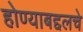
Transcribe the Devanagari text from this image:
होण्याबद्दलचे